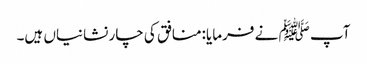
آپ ﷺ نے فرمایا:منافق کی چار نشانیاں ہیں۔